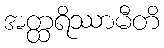
အတ္ထရိဿာမီတိ